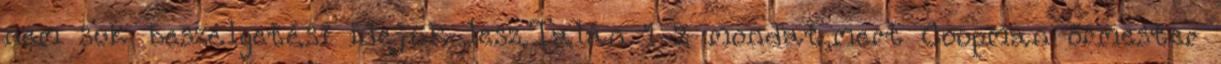
nem sok beszélgetési idejük lesz.Talán 1-2 mondat,mert Coopman őrmester